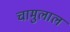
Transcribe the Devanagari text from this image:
चामुलाल